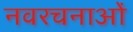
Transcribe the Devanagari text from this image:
नवरचनाओं